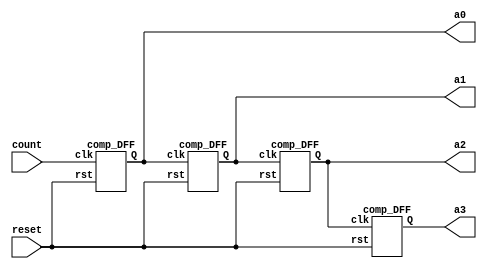
// Ripple counter
`timescale 1ns / 1ns
module ripple_counter_4bit (
	output a3, a2, a1, a0,
	input count, reset
);

	// Instantiate complementing flip flops 
	comp_DFF F0 (a0, count, reset);
	comp_DFF F1 (a1, a0, reset);
	comp_DFF F2 (a2, a1, reset);
	comp_DFF F3 (a3, a2, reset);

endmodule

// Complementing flip flop with delay
// Input to the flip flop is Q'

module comp_DFF (
	output reg Q,
	input clk, rst
);
	always @ (negedge clk, posedge rst)
		if (rst) Q <= 1'b0;
		else Q <= #2 ~Q;		// intra assignment delay
endmodule